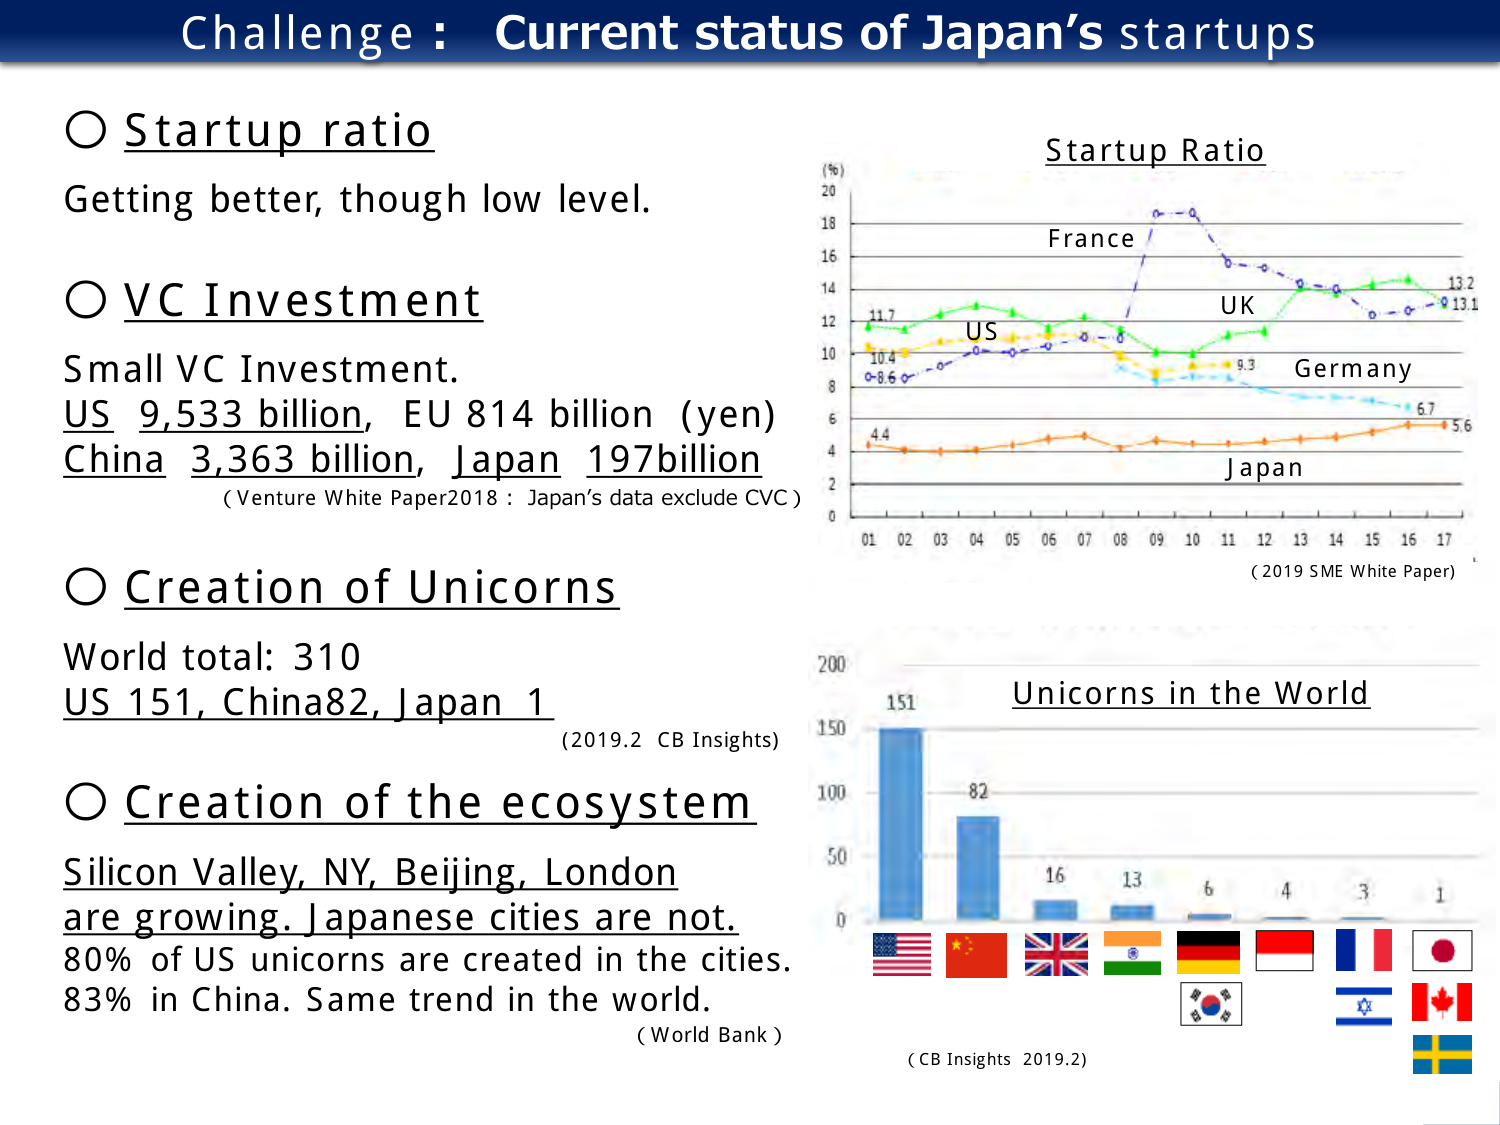
Challenge : Current status of Japan’s startups

○ Startup ratio
Getting better, though low level.

○ VC Investment
Small VC Investment.
US 9,533 billion, EU 814 billion (yen)
China 3,363 billion, Japan 197billion
(Venture White Paper2018 : Japan’s data exclude CVC)

○ Creation of Unicorns
World total: 310
US 151, China82, Japan 1
(2019.2 CB Insights)

○ Creation of the ecosystem
Silicon Valley, NY, Beijing, London
are growing. Japanese cities are not.
80% of US unicorns are created in the cities.
83% in China. Same trend in the world.
(World Bank)

Startup Ratio
(%) 20
18
16
14
12
10
8
6
4
2
0
01 02 03 04 05 06 07 08 09 10 11 12 13 14 15 16 17
France
UK
US
Germany
Japan
11.7
10.4
8.6
4.4
13.2
13.1
9.3
6.7
5.6
(2019 SME White Paper)

Unicorns in the World
200
150
100
50
0
151
82
16
13
6
4
3
1
(CB Insights 2019.2)